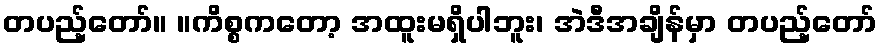
တပည့်တော်။ ။ကိစ္စကတော့ အထူးမရှိပါဘူး၊ အဲဒီအချိန်မှာ တပည့်တော်